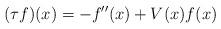
LaTeX: \begin{align*} (\tau f)(x) = -f''(x) + V(x) f(x) \, \end{align*}